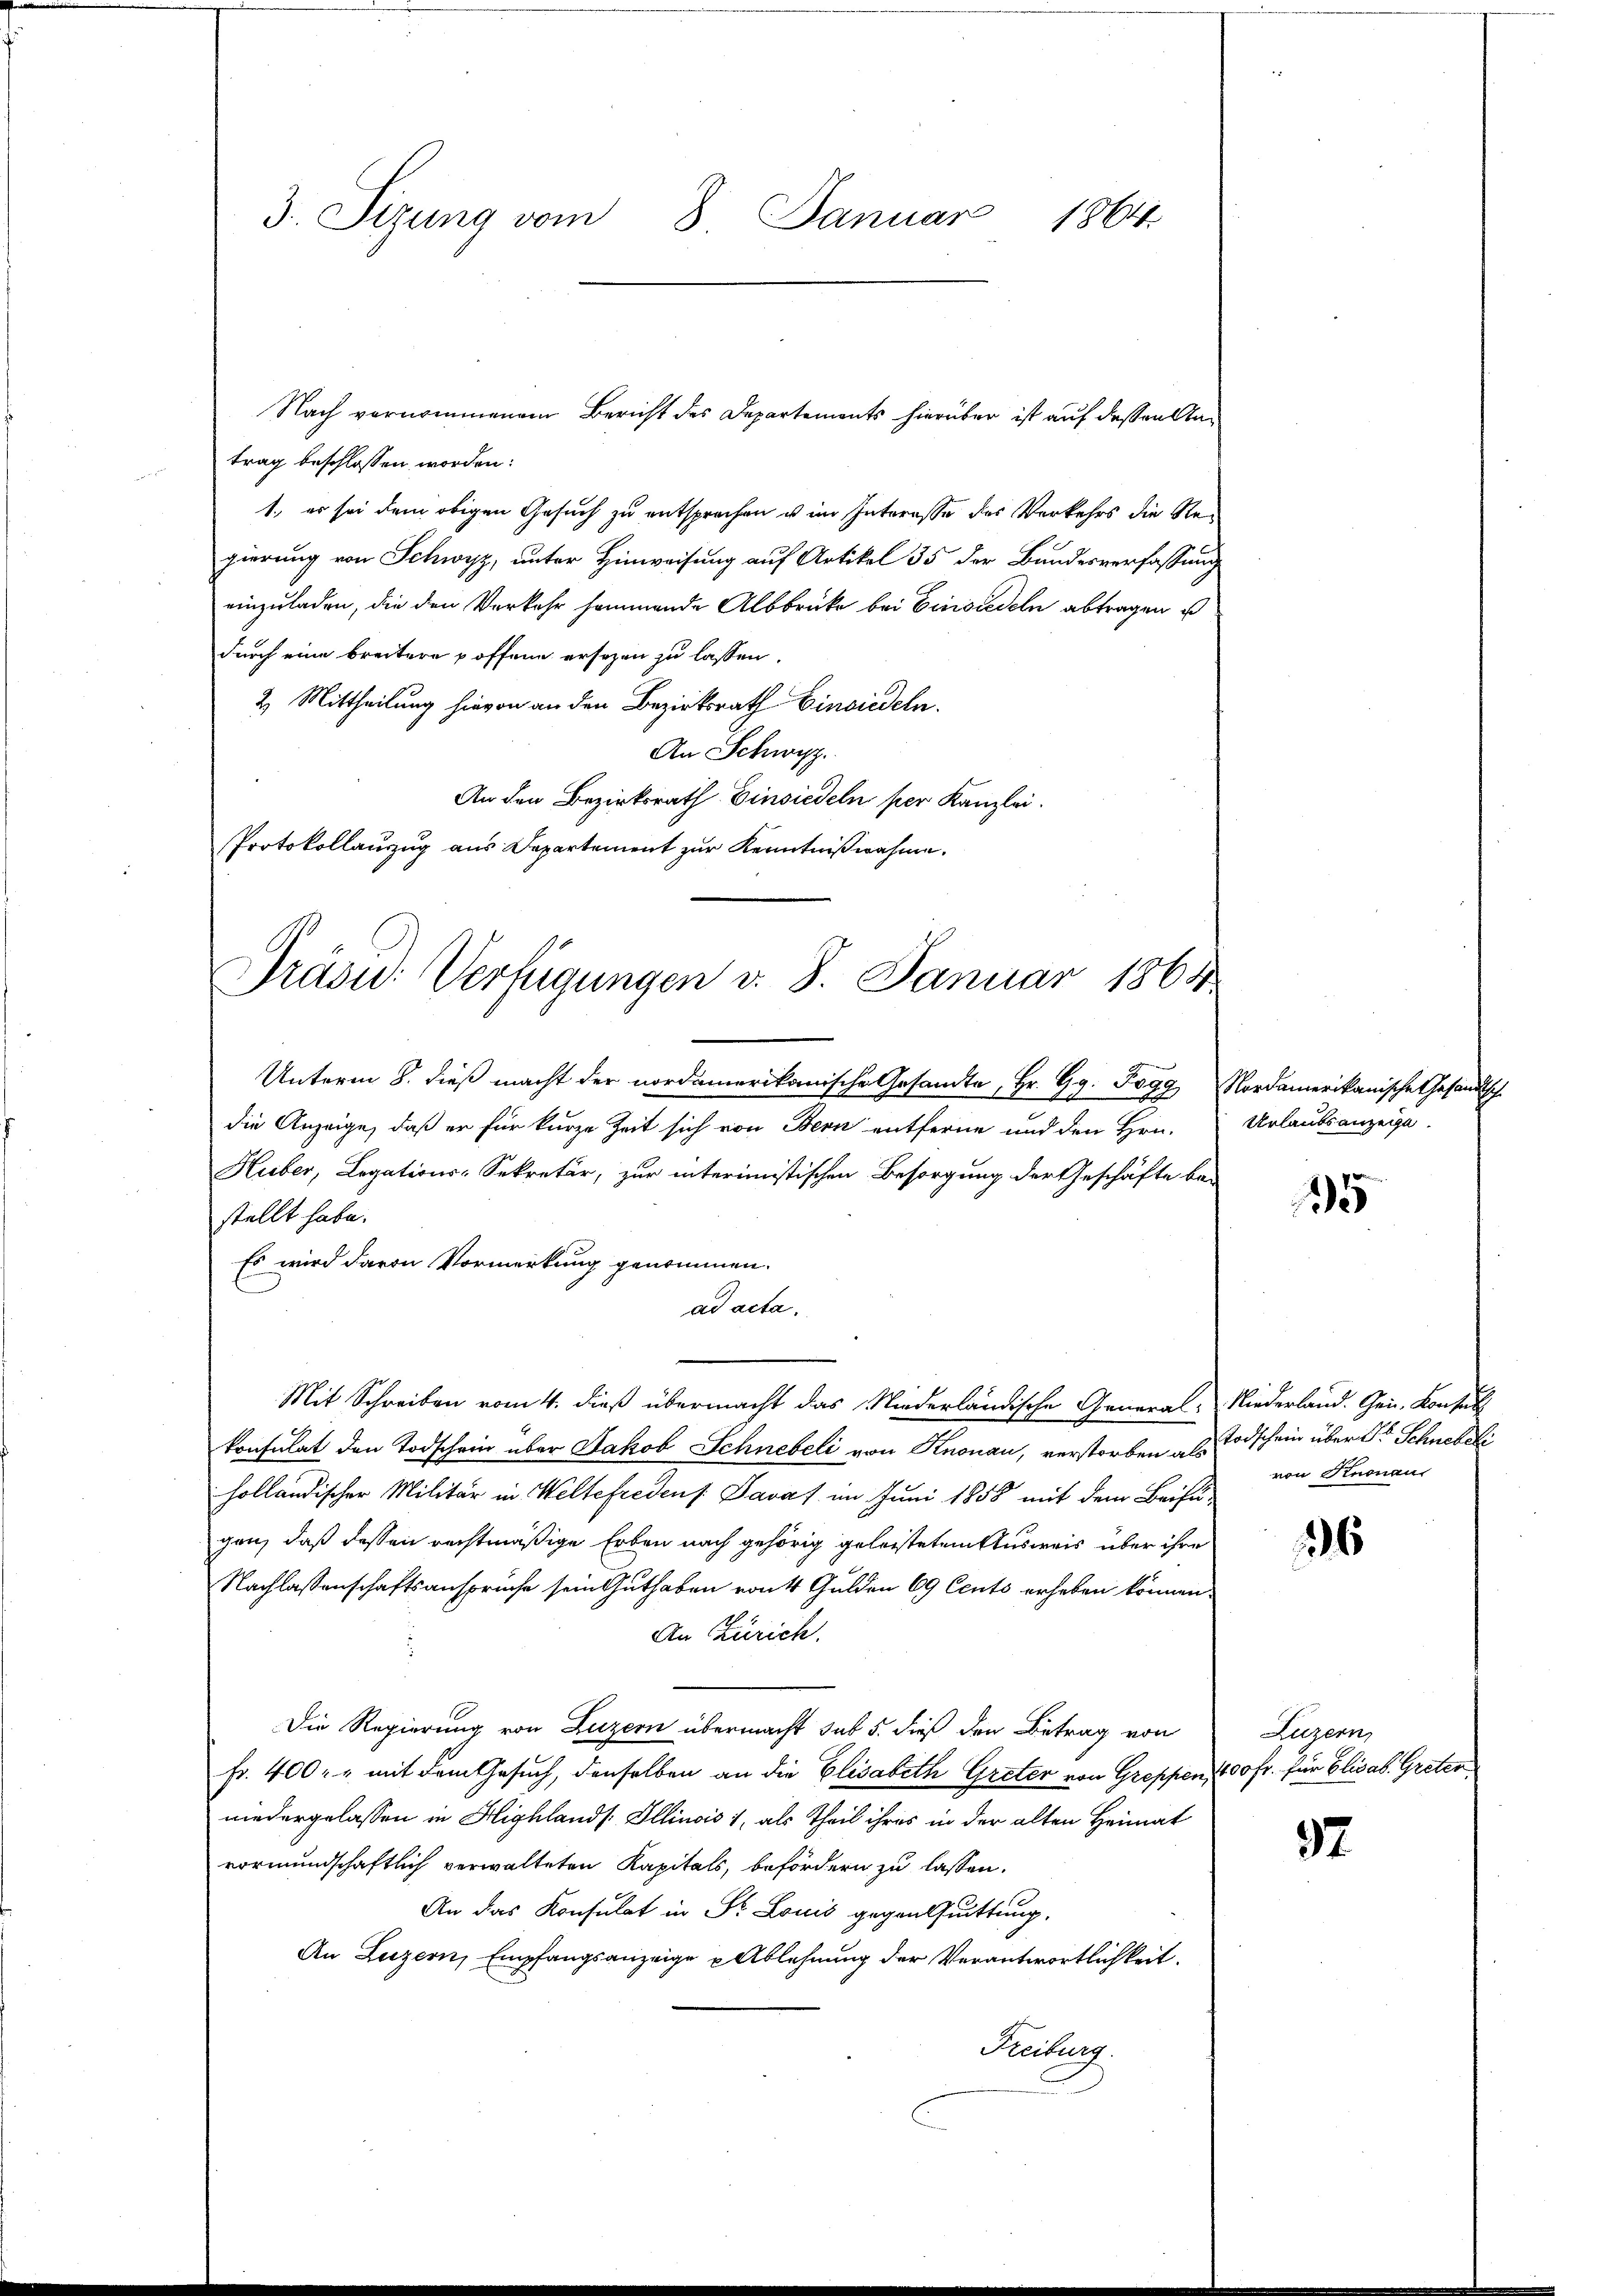
3. Sizung vom 8. Januar 1864.

Nach vernommenem Bericht des Departements hierüber ist auf dessen Satrag beschlossen worden:
1., es sei dem obigen Gesuch zu entsprechen u im Interasse des Verkehrs die Regierung von Schwyz, unter Hinweisung auf Artikel 35 der Bundesverfassung
einzuladen, die den Verkehr sommende Albbrücke bei Einsiedeln abtragen u
durch eine breitere poffene ersezen zu lassen.
2. Mittheilung hievon an den Bezirksrath Einsiedeln.
An Schwyz.
An den Bezirksrath Einsiedeln per Kanzlei.
Protokollauszug aus Departement zur Kenntnißnahme.
Präsu: Verfügungen v. 8. Januar 1864.

Unterm 8. dieß macht der nordamerikanische Gesandte, Hr. Gg. Pogg
die Anzeige, daß er für kurze Zeit sich von Bern entferne und den Hrn.
Huber, Legations-Sekretär, zur interimistischen Besorgung der Geschäfte bei
stellt habe.
Es wird davon Vormerkung genommen.
ad acta.
konsulat den Todschein über Jakob Schnebeli von Knonau, verstorben als Todschein über der Schnet di
holländischer Militär in Weltefredens. Davaf im Juni 1858 mit dem Beifügen, daß dessen rechtmäßige Erben nach gehörig geleistetem Ausweis über ihre
Nachlassenschaftsansprüche sein Guthaben von 4 Gulden 69 Cents erheben können.
An Zürich.
Die Regierung von Luzern übermacht sub 5. dieß den Betrag von
fr. 400. u mit dem Gesuch, denselben an die Elisabeth Greter von Greppen, 1200 Fr. für Elisab. Greten
wiedergelassen in Highland s. Illinois 1, als Theil ihres in der alten Heimat
vormundschaftlich verwalteten Kapitals, befördern zu lassen.
An das Konsulat in St. Louis gegentuittung.
An Luzern, Empfangsanzeige u Ablehnung der Verantwortlichkeit.
Freiburg.

Mit Schreiben vom 4. dieß übermacht das Niederländische General-Niederland. Gen. Konsul

Nordamerikanische Gesandtsch
Urlaubsanzeige.

5

von Knonau

26

Luzern,

37